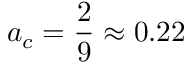
a _ { c } = \frac { 2 } { 9 } \approx 0 . 2 2